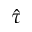
\hat { \tau }